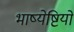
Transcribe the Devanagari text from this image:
भाष्येष्टियों